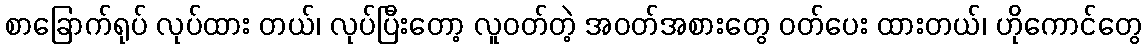
စာခြောက်ရုပ် လုပ်ထား တယ်၊ လုပ်ပြီးတော့ လူဝတ်တဲ့ အဝတ်အစားတွေ ဝတ်ပေး ထားတယ်၊ ဟိုကောင်တွေ